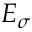
E _ { \sigma }